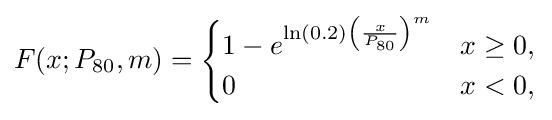
F(x;P_{\rm {80}},m)={\begin{cases}1-e^{\ln \left(0.2\right)\left({\frac {x}{P_{\rm {80}}}}\right)^{m}}&x\geq 0,\\0&x<0,\end{cases}}